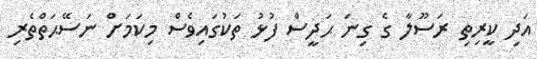
އަދި ކީރިތި ރަސޫލާ ގެ ގިނަ ޙަދީސް ފުޅު ތަކުގައިވެސް މިކަމަށް ނަސޭޙަތްތެރި